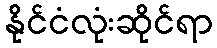
နိုင်ငံလုံးဆိုင်ရာ